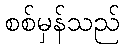
စစ်မှန်သည်